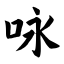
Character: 咏